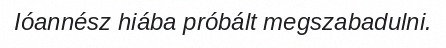
Ióannész hiába próbált megszabadulni.